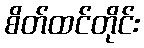
စိတ်ထင်တိုင်း